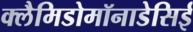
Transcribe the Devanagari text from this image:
क्लैमिडोमॉनाडेसिई